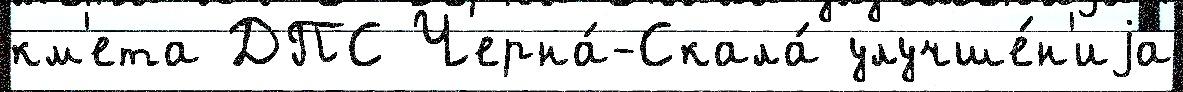
км'ета ДПС Черна́-Скала́ улучше́н'иjа